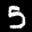
Label: 5